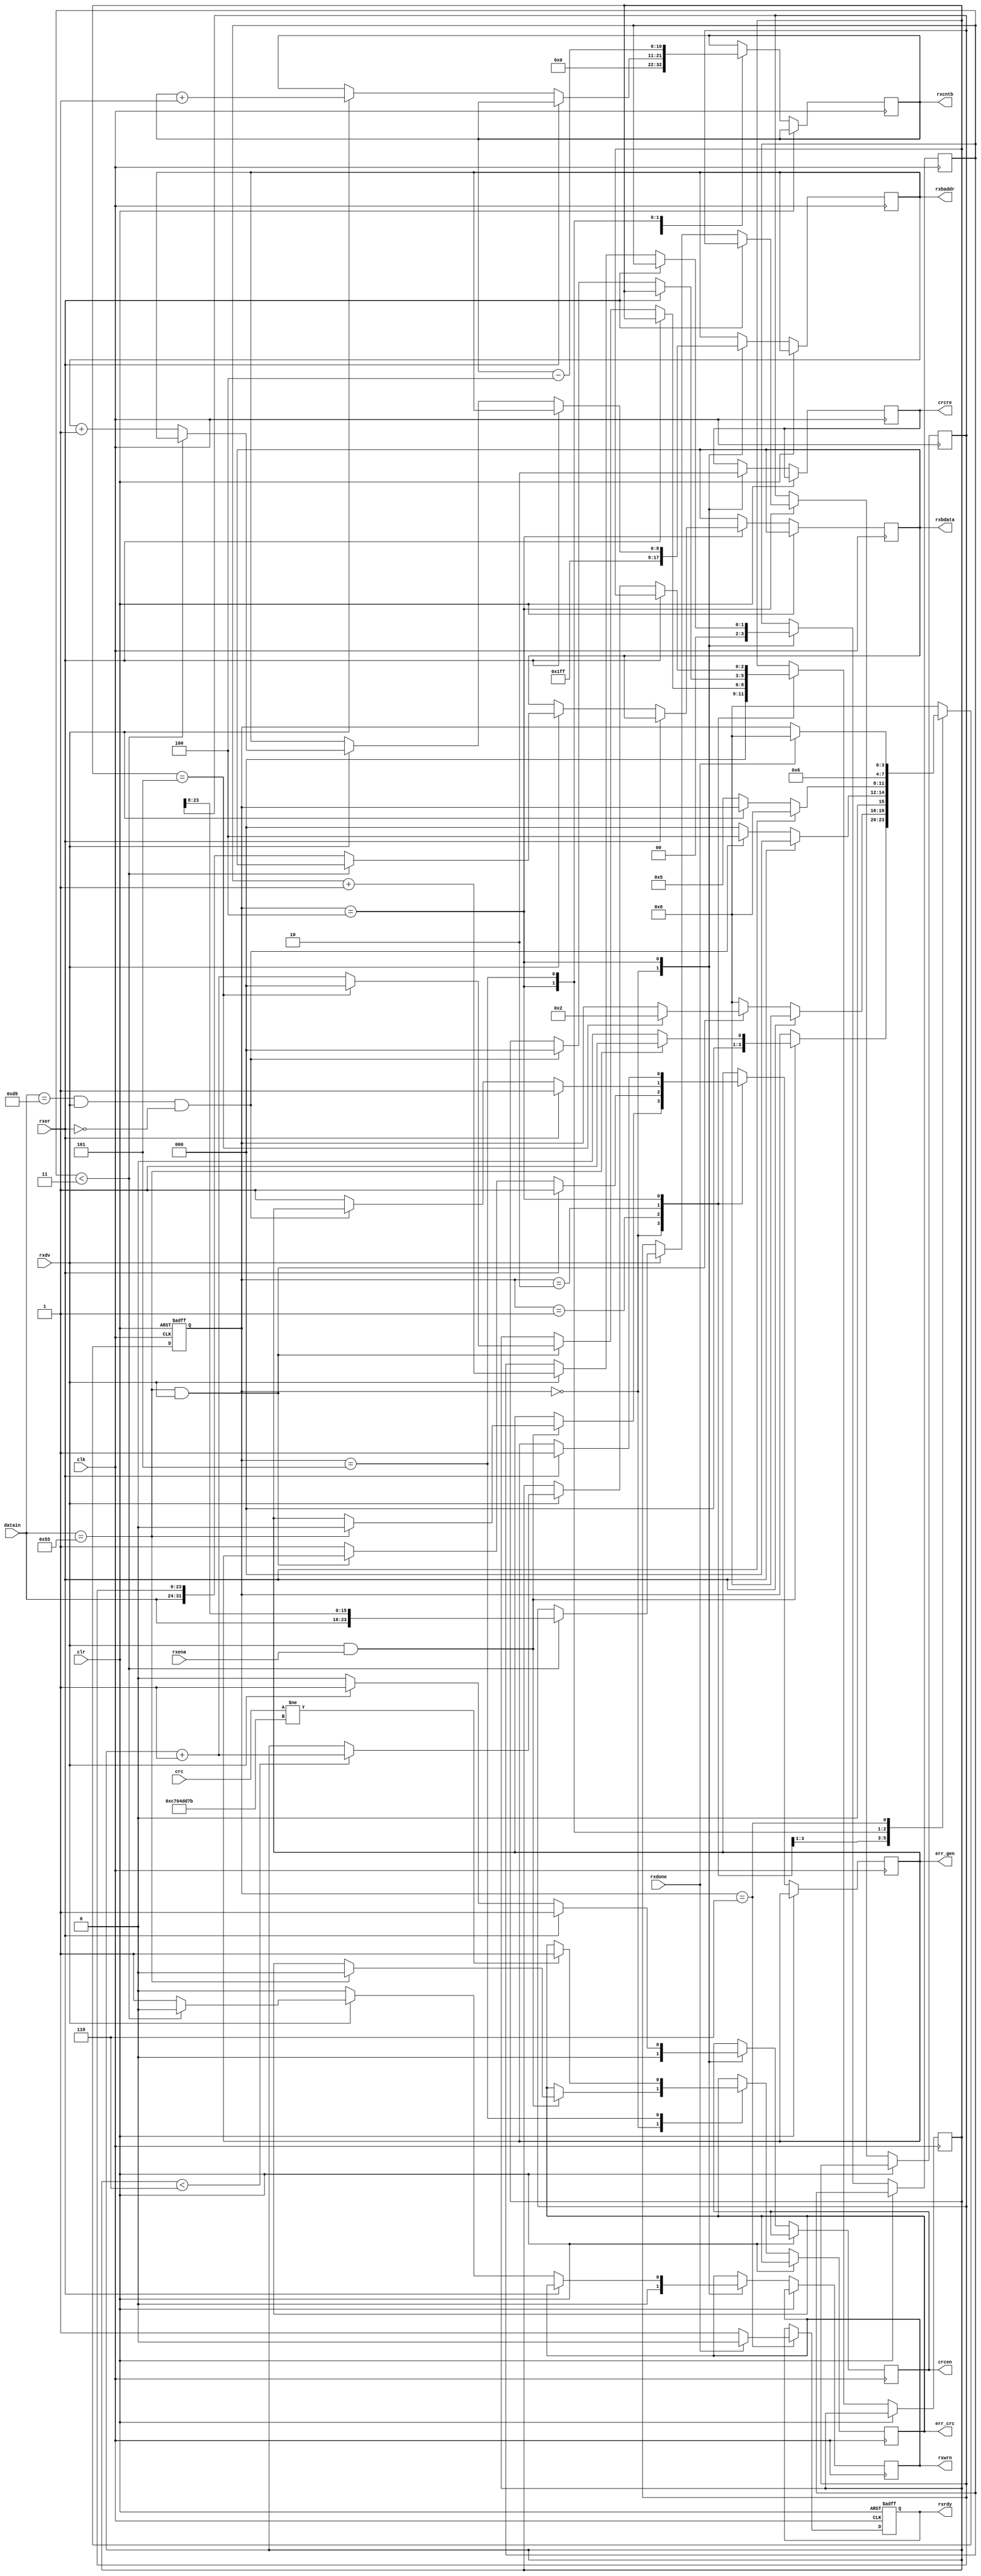
//=================================================================================
//   Ethernet   - RTL8211EG
//---------------------------------------------------------------------------------
//    
//=================================================================================
module ethreceive(
   input             clk,			// 
   input             clr,			//  
   input             rxena,		//   
   input      [7:0]  datain,		//   
   input             rxdv,			//   
   input             rxer,			//  
//	input 	  [47:0] mymac,		//  MAC-
   input      [31:0] crc,			//  CRC
   input             rxdone,		//    
   output reg [10:0] rxcntb,		//   
   output reg [8:0]  rxbaddr,		//    
   output reg [31:0] rxbdata,		//   
   output reg        rxwrn,		//   
   output reg        rxrdy,		//   
   output reg        crcen,		// C   CRC
   output reg        crcre,		// C  CRC
   output            err_gen,		//   
   output            err_crc		//   CRC
);

reg  [2:0]  ic;                  // 
reg  [1:0]  bc;                  //   
reg  [47:0] recmac;              //  MAC 
reg  [23:0] bufdat;              //   
reg         rx_gen_error;        //   
reg         rx_crc_error;        //   CRC

assign {err_gen, err_crc} = {rx_gen_error, rx_crc_error};

//    
localparam IDLE		= 3'd0;
localparam SIX_55		= 3'd1;
localparam SPD_D5		= 3'd2;
//localparam RX_DST		= 3'd3;
localparam RX_DATA	= 3'd4;
localparam RX_CRC		= 3'd5;
localparam RX_FINISH	= 3'd6;
reg  [3:0]  rx_state;

initial
begin
   rx_state <= IDLE;
   rxrdy <= 1'b0;
   rx_gen_error <= 1'b0;
   rx_crc_error <= 1'b0;
end

//  
always@(negedge clk, posedge clr) begin
//always@(negedge clk) begin
   if(clr) begin
      rx_state <= IDLE;    //   
      rxrdy <= 1'b0;       //    
   end
   else begin
      case(rx_state)
         IDLE: begin       //  
            crcen <= 1'b0;             						//     CRC
            crcre <= 1'b1;             						//    CRCC
            rxcntb <= 11'o0000;        						//    
            rxbaddr <= 9'o777;         						//      
            rxwrn <= 1'b0;             						//    
            ic <= 3'o0;                						//  
            bc <= 2'o0;                						//   
            if((rxdv == 1'b1) && (rxena == 1'b1)) begin  //       
               if(datain[7:0] == 8'h55) begin            //   (0x55)?
                  rx_gen_error <= 1'b0;                  //    
                  rx_crc_error <= 1'b0;                  //    CRC
                  rx_state<=SIX_55;                      //    
               end
               else
                  rx_state<=IDLE;
            end
         end
         SIX_55: begin     //   6  0x55
            if(rxer == 1'b0) begin
               if ((datain[7:0] == 8'h55) & (rxdv == 1'b1)) begin
                  if(ic == 3'd5) begin
                     ic <= 3'd0; rx_state <= SPD_D5;
                  end
                  else
                     ic <= ic + 1'd1;
               end
               else begin
                  rx_gen_error <= 1'b1;
                  rx_state<=IDLE;
               end
            end
            else begin
               rx_gen_error <= 1'b1;
               rx_state<=IDLE;
            end
         end
         SPD_D5: begin     //    (0xd5)
            if(rxer == 1'b0) begin
               if((datain[7:0] == 8'hd5) && (rxdv == 1'b1) && (rxer == 1'b0)) begin
                  ic <= 3'd0; rx_state <= RX_DATA;
               end
               else begin
                  rx_gen_error <= 1'b1;
                  rx_state <= IDLE;
               end
            end
            else begin
               rx_gen_error <= 1'b1;
               rx_state <= IDLE;
            end
         end
         RX_DATA: begin	//  
            crcen <= 1'b1;                      			//   CRC
            crcre <= 1'b0;                      			//    CRC
            if(rxer == 1'b1) begin              			//  ?
               rx_gen_error <= 1'b1;            			//  -    ...
               rx_state <= IDLE;                			// ...     
            end
            else begin
               if(rxdv == 1'b1) begin           			//    ?
                  rxcntb <= rxcntb + 1'd1;      			// -    .
                  if(ic < 3'd6) begin           			//  6 ?
                     recmac <= {recmac[39:0], datain[7:0]}; //  -  MAC  , ...
                     ic <= ic + 1'd1;                       // ...  .
                  end
                  if(bc < 2'o3) begin           			//   4- ?
                     bufdat <= {datain[7:0], bufdat[23:8]}; //  -    , ...
                     bc <= bc + 1'b1;                       // ...   , ...
                     rxwrn <= 1'b0;                         // ...     .
                  end
                  else begin                    			//  4 ,
                     rxbdata <= {datain[7:0], bufdat[23:0]}; // ...     , ...
                     rxwrn <= 1'b1;                          // ...     , ...
                     bc <= bc + 1'b1;                        // ...   , ...
                     rxbaddr <= rxbaddr + 1'd1;              // ...    ...
                  end
               end
               else begin                       			//    , ...
                  rxwrn <= 1'b0;                			// ...    , ...
                  crcen<=1'b0;                  			// ...     CRC ...
                  rx_state <= RX_CRC;           			// ...    CRC
               end
            end
         end
         RX_CRC: begin	//  CRC
            rx_state <= RX_FINISH;              			//  
            rxcntb <= rxcntb - 11'd4;           			//  4  (CRC)
            if(crc != 32'hC704DD7B) begin       			// CRC ?
               rx_crc_error <= 1'b1;            			//  -   
            end
         end
         RX_FINISH: begin
            if(rxdone == 1'b1) begin            			//  ?
               rxrdy <= 1'b0;                   			// ,    
               rx_state <= IDLE;                			//    
            end
            else rxrdy <= 1'b1;                 			//    
         end
         default: rx_state <= IDLE;
      endcase
   end
end

endmodule